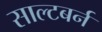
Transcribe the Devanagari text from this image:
साल्टबर्न